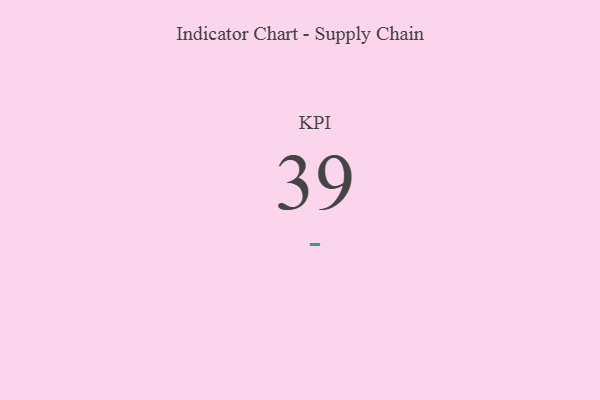
{"axis": {"x": "KPI", "y": "Value"}, "legend": [""], "data": [{"x": "KPI", "y": 39, "type": ""}]}